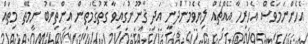
އެހެންނަމަވެސް އެހުރިހާ އެއްޗެއް ލިޔެވެމުންދަނީ އަދި ޤާނޫނުގައިވާ ގޮތުގެމަތިން އިންތިޚާބު ނިމޭތާ މިތައް